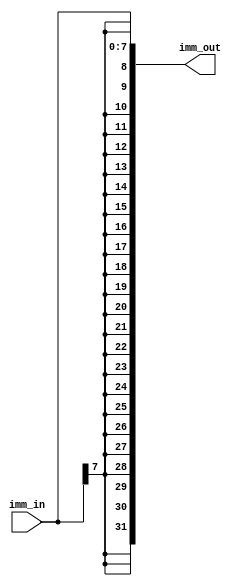
/******************************************************************************
 ** Logisim goes FPGA automatic generated Verilog code                       **
 **                                                                          **
 ** Component : Bit_Extender_8_32_SIGN                                       **
 **                                                                          **
 ******************************************************************************/

`timescale 1ns/1ps
module Bit_Extender_8_32_SIGN( imm_in,
                               imm_out);

   /***************************************************************************
    ** Here the inputs are defined                                           **
    ***************************************************************************/
   input[7:0]  imm_in;

   /***************************************************************************
    ** Here the outputs are defined                                          **
    ***************************************************************************/
   output reg [31:0] imm_out;

	always @(*) begin
		imm_out = {{(24){imm_in[7]}}, imm_in};
	end

endmodule